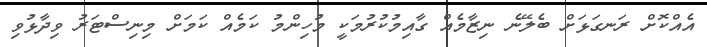
އެއްކޮށް ރަނގަޅަށް ބެލޭނެ ނިޒާމެއް ގާއިމުކުރުމަކީ މުހިންމު ކަމެއް ކަމަށް މިނިސްޓަރު ވިދާޅުވި